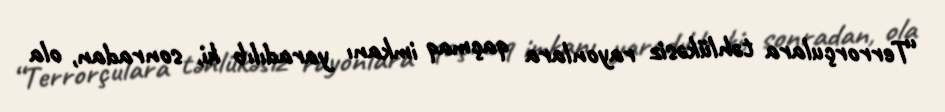
“Terrorçulara təhlükəsiz rayonlara qaçmaq imkanı yaradılıb ki, sonradan, ola